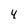
Character: 4